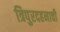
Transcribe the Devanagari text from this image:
त्रिपुरदहनाची